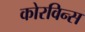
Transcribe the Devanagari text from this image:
कोरविन्स